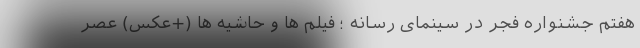
هفتم جشنواره فجر در سینمای رسانه ؛ فیلم‌ ها و حاشیه‌ ها (+عکس) عصر